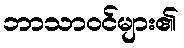
ဘာသာဝင်များ၏